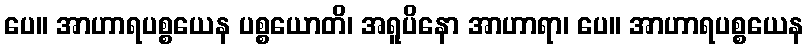
ပေ။ အာဟာရပစ္စယေန ပစ္စယောတိ၊ အရူပိနော အာဟာရာ၊ ပေ။ အာဟာရပစ္စယေန